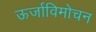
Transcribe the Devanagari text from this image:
ऊर्जाविमोचन